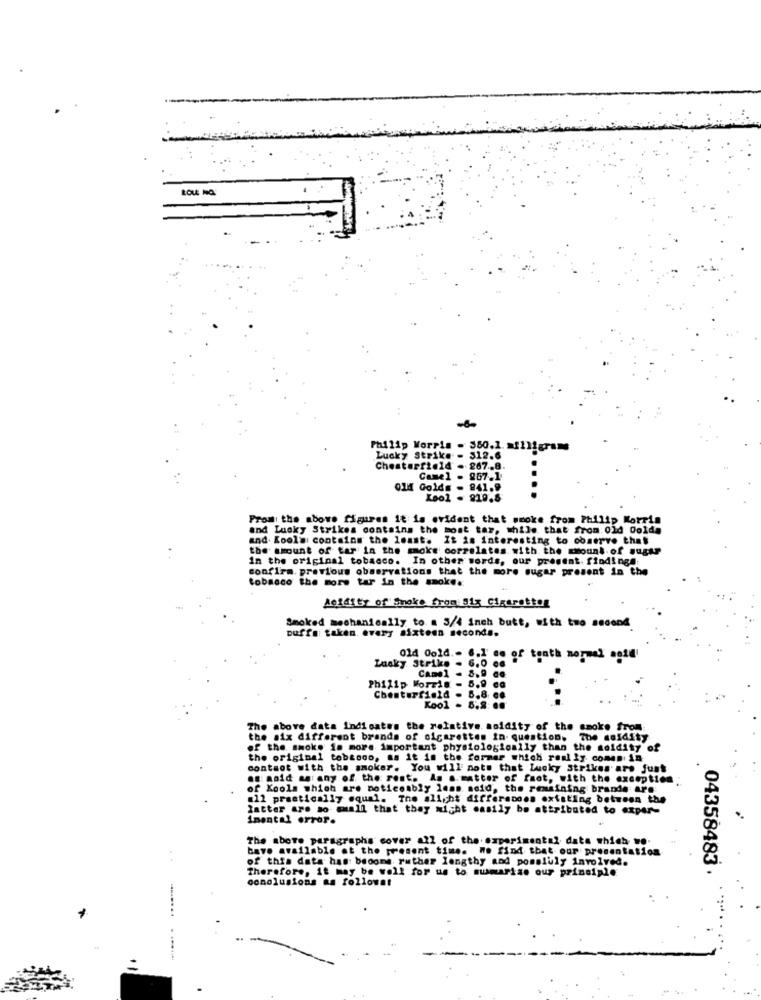
Philip Morris . 380.1. milligrams
Lucky Strike - 312.6
Chesterfield . 267.8.
Camel - 257.1
ou Golds - 841.9
Kool - 819.8
From the above figures it is evident that smoke from Philip Morris
and Lucky Strikes contains the most tar, while that from. old Golda
and. Kool> contains the least. It is interesting to observe that
the amount of tar in the smoke correlates. with the amount of sugar
In the original tobacco. In other words, our present. findinga:
confirm. previous observations that the more sugar present in the
tobacco the more tar in the smoke.
Acidity of Smoke from Sly Cigarettes
Smoked mechanically to a 3/4 inch butt, with two second
puffe taken every sixteen second ..
Old Gold .. 6.1 de of tenth normal agid'
Lucky Strike . 6.0 cs
Camel - 8.9 ce
Philip Morris - 5.9 cc
Chesterfield . 6.8 ce
Kool - 5.8: 08
The above data Indicates the relative aoidity of the smoke from
the six different brands of cigarettes in- question. The saidity
of the smoke is more important physiologically than the seidity of
the original tobtogo, as it is the former which really comen in
contaot with the smoker. You will note that Lucky Strikes ars just
as noid as: any of the rest. As a matter of faot, with the exception
of Kools which are noticeably less acid, the remaining brande arg
@12 practically equal. The slight differences existing between the
latter are so @all that they might easily be attributed to exper-
imental error.
The above paragraphs cover all of the experimental data which w ..
bave available at the present time. We find that our presentation
of this data has become. ruther lengthy and pomaluly involved.
Therefore, it may be well for us to mumarise our principle
04358483
conclusions as followst
...
....